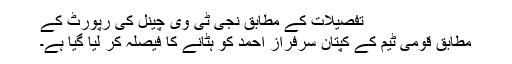
تفصیلات کے مطابق نجی ٹی وی چینل کی رپورٹ کے
مطابق قومی ٹیم کے کپتان سرفراز احمد کو ہٹانے کا فیصلہ کر لیا گیا ہے۔